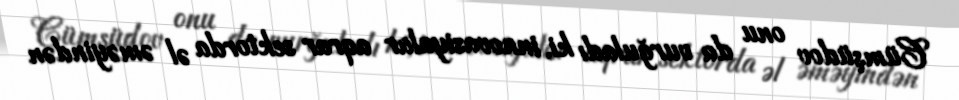
Cümşüdov onu da vurğuladı ki, innovasiyalar aqrar sektorda əl əməyindən